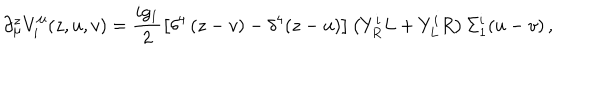
\partial _ { \mu } ^ { z } V _ { i } ^ { \mu } ( z , u , v ) = \frac { i g _ { 1 } } { 2 } \left[ \delta ^ { 4 } \left( z - v \right) - \delta ^ { 4 } ( z - u ) \right] \left( Y _ { R } ^ { i } L + Y _ { L } ^ { i } R \right) \Sigma _ { 1 } ^ { i } ( u - v ) \, ,